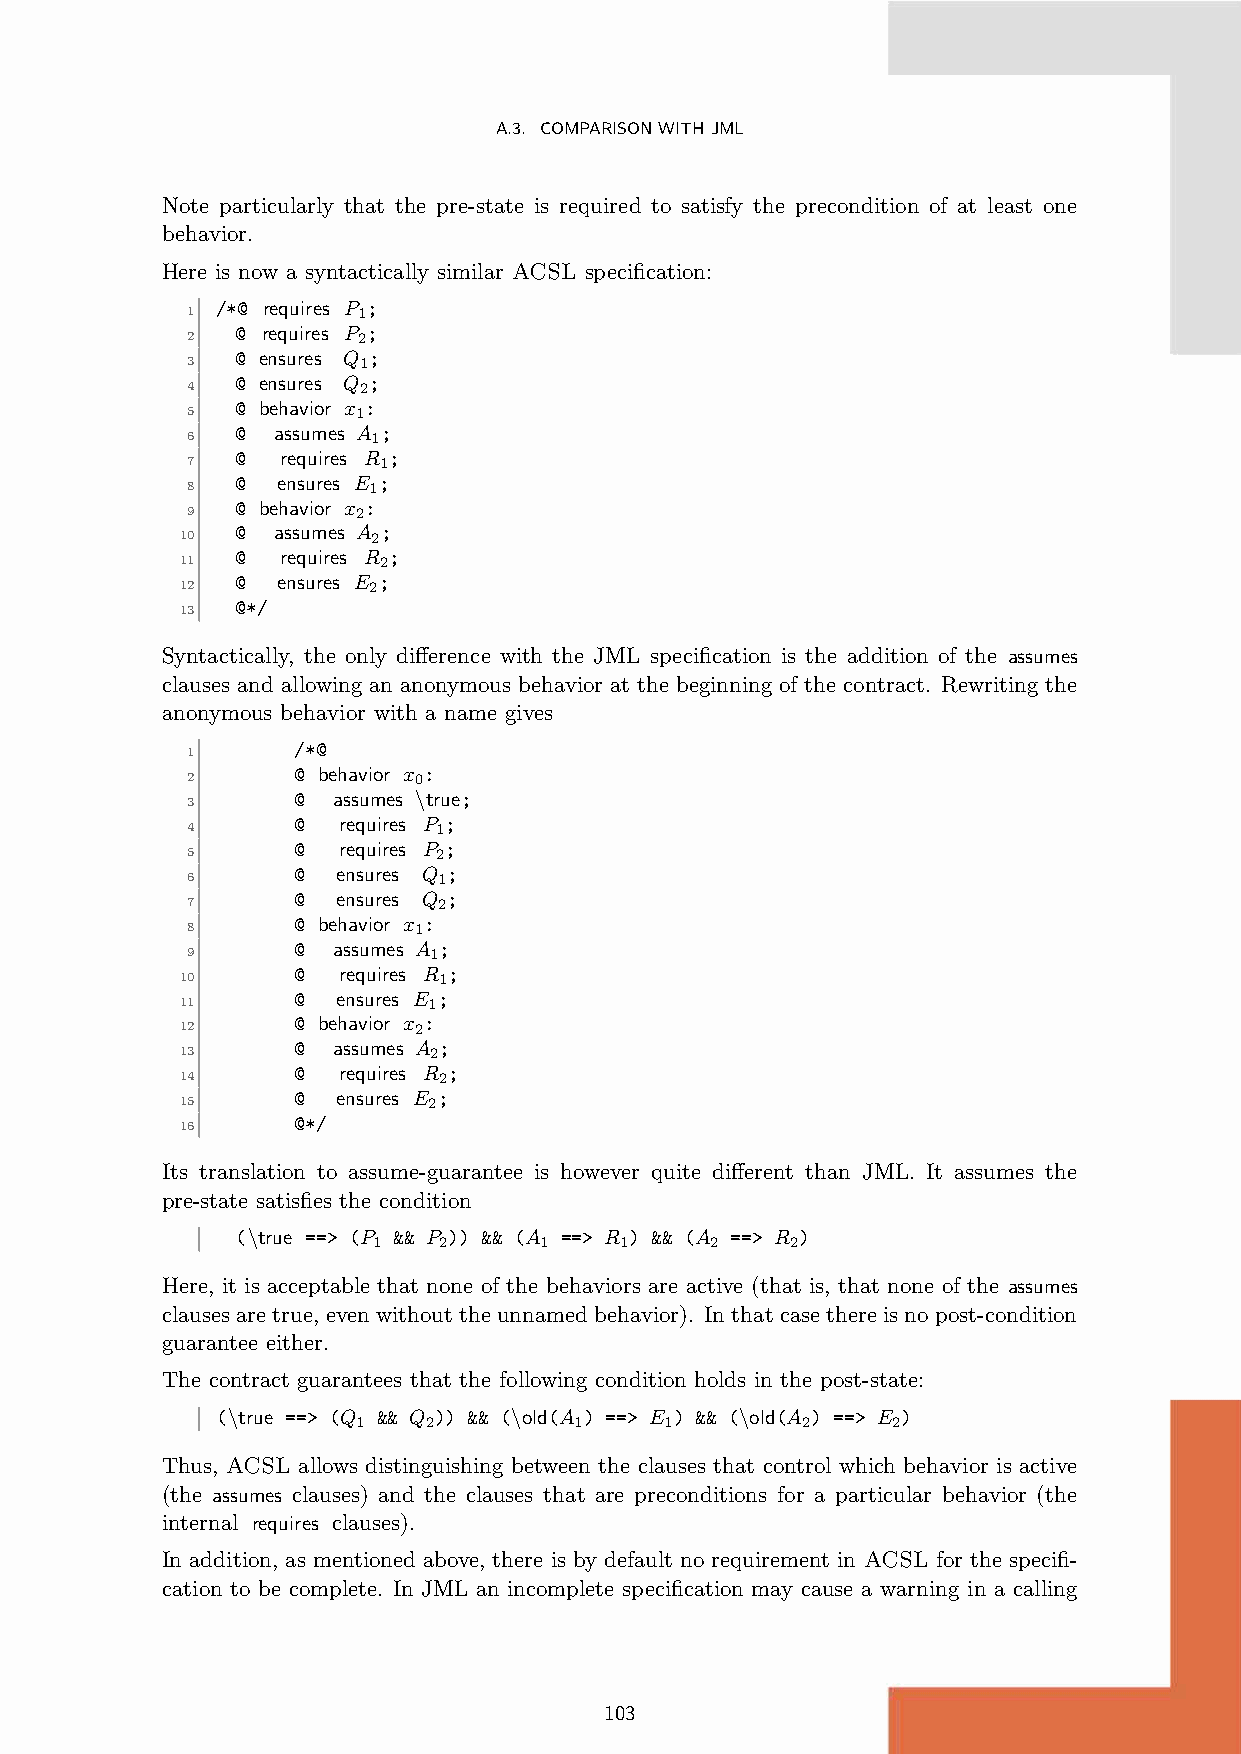
A.3. COMPARISONWITHJML
 Note particularly that the pre-state is required to satisfy the precondition of at least one
 behavior.
 Here is now a syntactically similar ACSL specification:
 /*@ requires P ;
 1           1
 @ requires P ;
 2           2
 @ ensures Q ;
 3           1
 @ ensures Q ;
 4           2
 @ behavior x :
 5           1
 @ assumes A ;
 6            1
 @  requires R ;
 7            1
 @ ensures E ;
 8           1
 @ behavior x :
 9           2
 @ assumes A ;
 10           2
 @  requires R ;
 11           2
 @ ensures E ;
 12          2
 @*/
 13
 Syntactically, the only difference with the JML specification is the addition of the assumes
 clauses and allowing an anonymous behavior at the beginning of the contract. Rewriting the
 anonymous behavior with a name gives
 /*@
 1
 @ behavior x :
 2              0
 @  assumes \true;
 3
 @  requires P ;
 4                1
 @  requires P ;
 5                2
 @  ensures Q ;
 6                1
 @  ensures Q ;
 7                2
 @ behavior x :
 8              1
 @  assumes A ;
 9               1
 @  requires R ;
 10               1
 @  ensures E ;
 11              1
 @ behavior x :
 12             2
 @  assumes A ;
 13              2
 @  requires R ;
 14               2
 @  ensures E ;
 15              2
 @*/
 16
 Its translation to assume-guarantee is however quite different than JML. It assumes the
 pre-state satisfies the condition
 (\true ==> (P && P )) && (A ==> R ) && (A ==> R )
 1   2      1    1     2    2
 Here, it is acceptable that none of the behaviors are active (that is, that none of the assumes
 clausesaretrue, evenwithouttheunnamedbehavior). Inthatcasethereisnopost-condition
 guarantee either.
 The contract guarantees that the following condition holds in the post-state:
 (\true ==> (Q && Q )) && (\old(A ) ==> E ) && (\old(A ) ==> E )
 1   2         1     1        2     2
 Thus, ACSL allows distinguishing between the clauses that control which behavior is active
 (the assumes clauses) and the clauses that are preconditions for a particular behavior (the
 internal requires clauses).
 In addition, as mentioned above, there is by default no requirement in ACSL for the specifi-
 cation to be complete. In JML an incomplete specification may cause a warning in a calling
 103